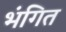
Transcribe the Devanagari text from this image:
भंगित